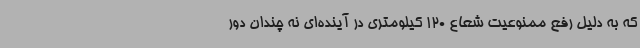
که به دلیل رفع ممنوعیت شعاع 120 کیلومتری در آینده‌ای نه چندان دور